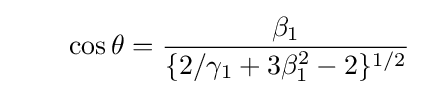
\quad \quad \cos {\theta }={\frac {\beta _{1}}{\{2/\gamma _{1}+3\beta _{1}^{2}-2\}^{1/2}}}